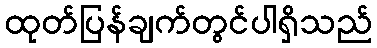
ထုတ်ပြန်ချက်တွင်ပါရှိသည်